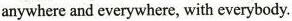
anywhere and everywhere, with everybody.